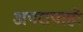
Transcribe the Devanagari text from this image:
अपरापाहो